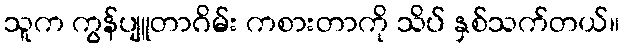
သူက ကွန်ပျူတာဂိမ်း ကစားတာကို သိပ် နှစ်သက်တယ်။